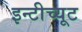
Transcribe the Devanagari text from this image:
इन्टीच्यूट